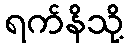
ရက်နိသို့